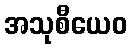
အသုစီယေဝ